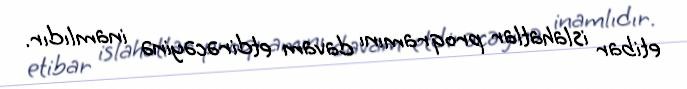
etibar islahatlar proqramını davam etdirəcəyinə inamlıdır.